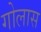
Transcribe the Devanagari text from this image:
गोलास